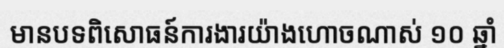
មានបទពិសោធន៍ការងារយ៉ាងហោចណាស់ ១០ ឆ្នាំ